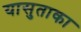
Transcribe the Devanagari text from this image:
यासुताका